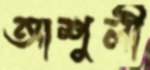
আশুলী